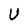
Character: U